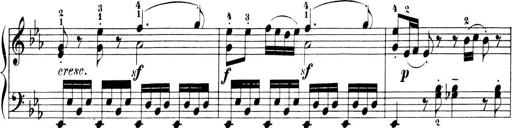
Title: 6 Piano Sonatinas
Composer: Cornelius Gurlitt